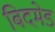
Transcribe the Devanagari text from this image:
बिदमेड